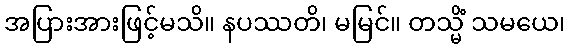
အပြားအားဖြင့်မသိ။ နပဿတိ၊ မမြင်။ တသ္မိံ သမယေ၊